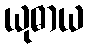
ယုဓာယ